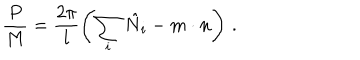
LaTeX: \frac { P } { M } = \frac { 2 \pi } { l } \left( \sum _ { i } \hat { N } _ { i } - m \cdot n \right) \, .